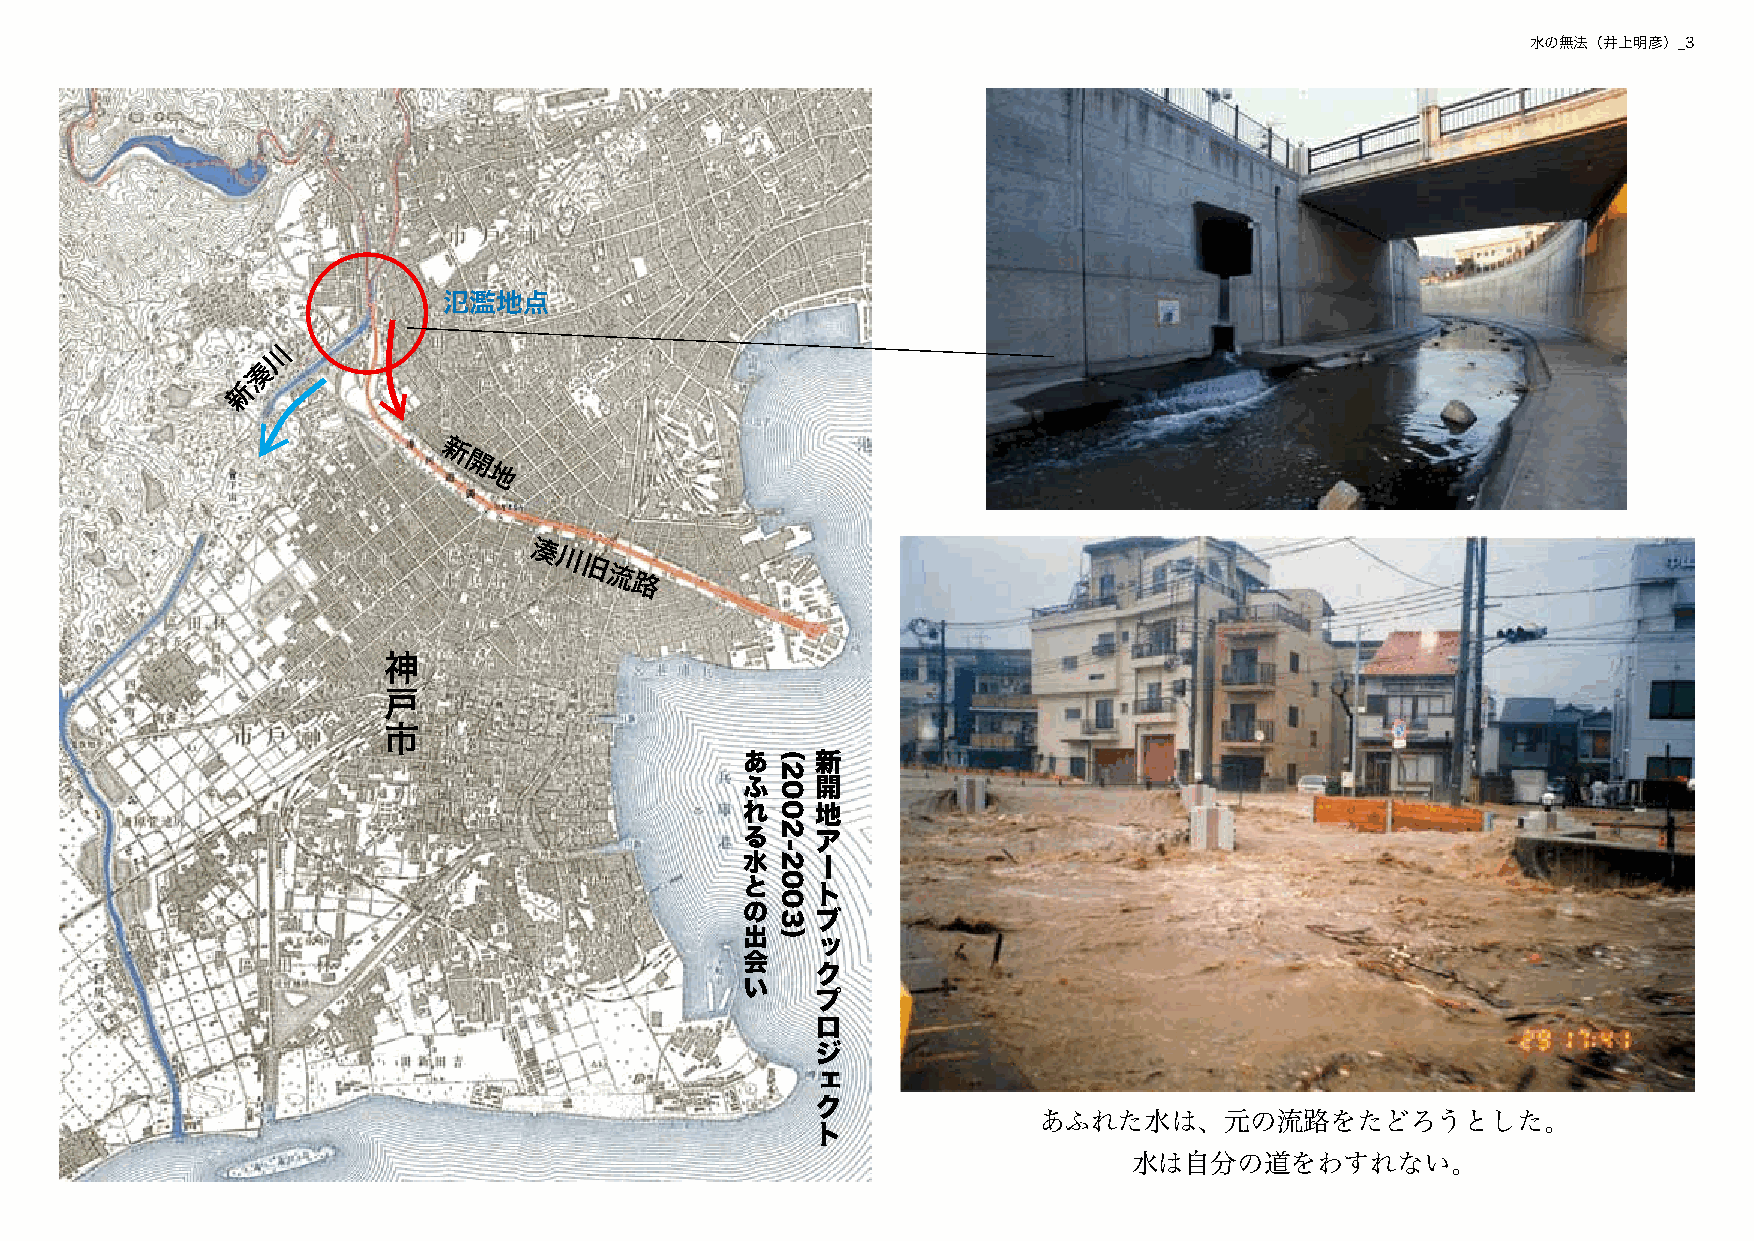
水の無法（井上明彦）_3
 氾濫地点
 川
 湊
 新
 新
 開
 地
 湊
 川
 旧
 流
 路
 神
 戸
 市
 （
 あ    新
 ふ    開
 れ    地
 る    ア
 水    ー
 と
 ト
 の
 ブ
 出  ） ッ
 会
 ク
 い
 プ
 ロ
 ジ
 ェ
 ク
 ト              あふれた水は、元の流路をたどろうとした。
 水は自分の道をわすれない。
 2002-2003